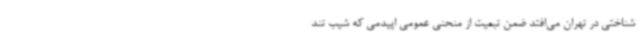
شناختی در تهران می‌افتد ضمن تبعیت از منحنی عمومی اپیدمی که شیب تند